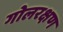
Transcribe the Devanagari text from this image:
गोलरक्षण